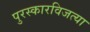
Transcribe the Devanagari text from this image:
पुरस्कारविजत्या